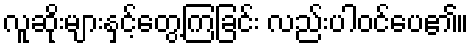
လူဆိုးများနှင့်တွေ့ကြခြင်း လည်းပါဝင်ပေ၏။